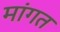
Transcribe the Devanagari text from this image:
मांगत